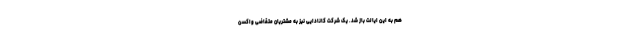
هم به این ایالت باز شد. یک شرکت کانادایی نیز به مشتریان متقاضی واکسن